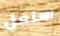
استغل